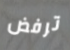
ترفض